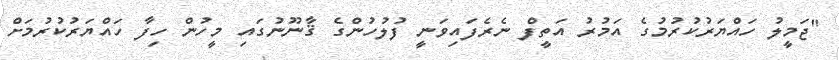
"ޖަމީލު ހައްޔަރުކުރުމުގެ އަމުރު އަތީފް ނެރެފައިވަނީ ފުލުހުންގެ ޤާނޫނުގައި މީހުން ހިފާ ހައްޔަރުކުރުމަށް